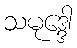
သမုဒ္ဒေါ